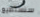
سنستطيع